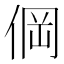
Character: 𰂒